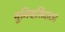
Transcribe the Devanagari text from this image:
युनिव्हर्सिदादने